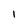
Character: 1